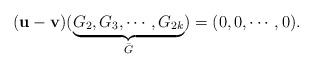
LaTeX: \begin{align*} (\mathbf{u}-\mathbf{v})(\underbrace{G_2,G_3,\cdots,G_{2k}}_{\bar{G}})=(0,0,\cdots,0). \end{align*}